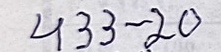
433 - 20